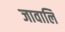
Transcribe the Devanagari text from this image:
जावालि